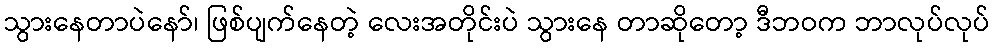
သွားနေတာပဲနော်၊ ဖြစ်ပျက်နေတဲ့ လေးအတိုင်းပဲ သွားနေ တာဆိုတော့ ဒီဘဝက ဘာလုပ်လုပ်